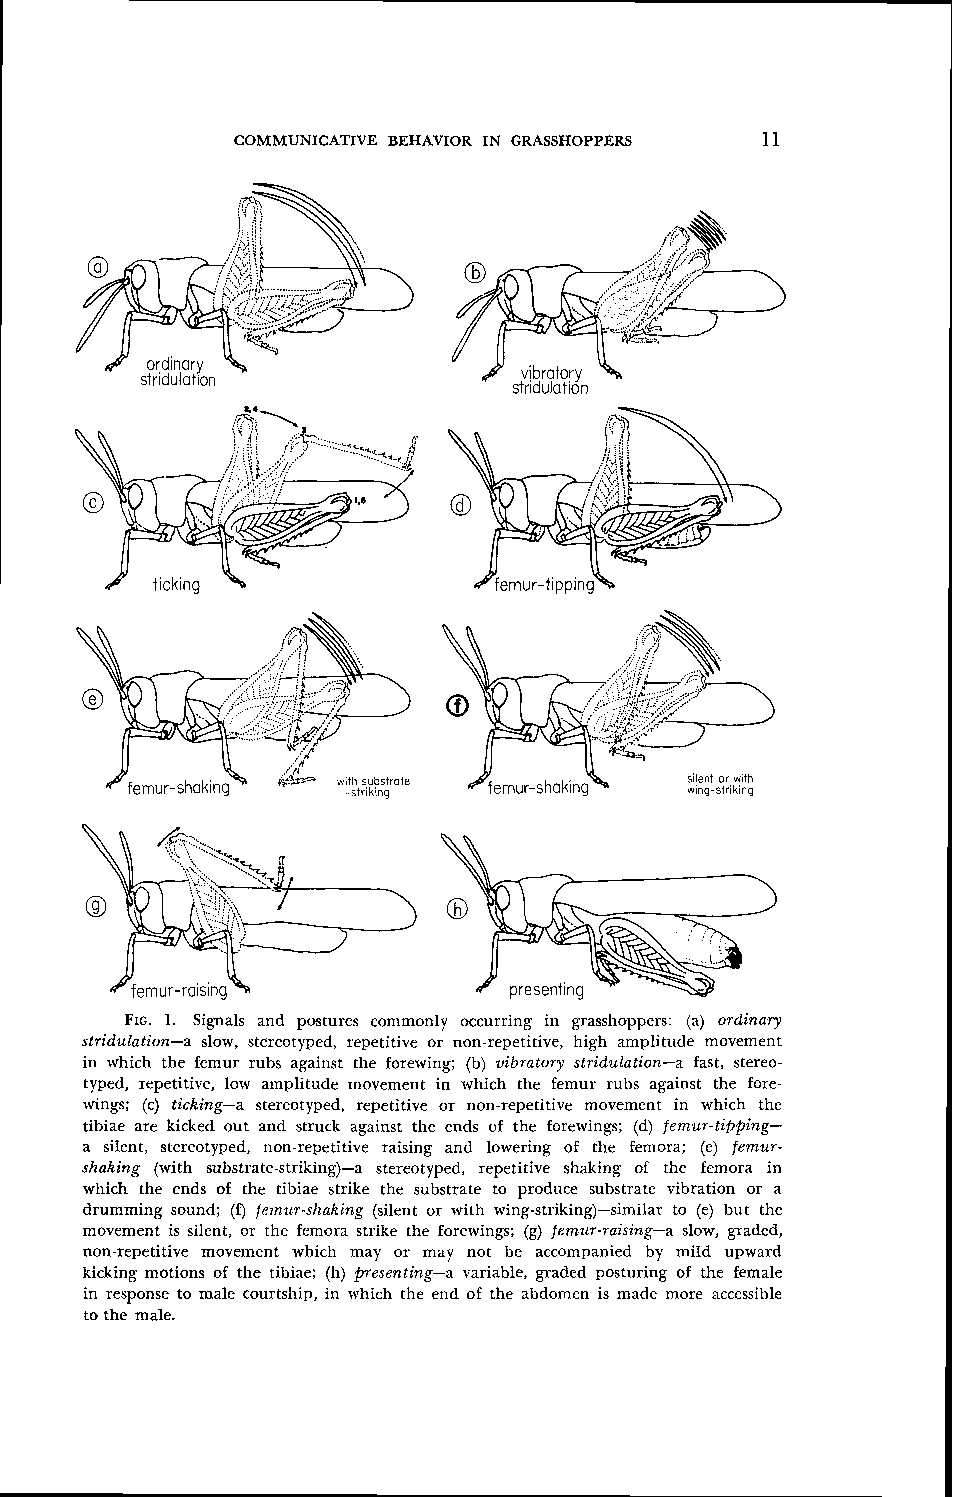
COMMUNICATIVE BEHAVIOR IN GRASSHOPPERS 11
 FIG. 1. Signals and postures commonly occurring in grasshoppers: (21) ordinary
 stridulation-a slow, stereotyped, repetitive or non-repetitive, high amplitude movement
 in which the femur rubs against the forewing; (b) vibratory stridulation-a fast, stereo-
 typed, repetitive, low amplitude movement in which the femur rubs against the fore-
 wings; (c) ticking-a stereotyped, repetitive or non-repetitivc movement in which the
 tibiae are kicked out and struck against the ends of the forewings; (d) femur-tipping-
 a silent, stereotyped, non-repetitive raising and lowering of the femora; (e) femur-
 shaking (with substrate-striking)-a stercotyped, repetitive shaking of the femora in
 which the ends of the tibiae strike the substrate to produce substrate vibration or a
 drumming sound; (f) femur-shaking (silent or with wing-striking)-similar to (e) but the
 movement is silent, or the femora strike the forewings; (g) femur-raising-a slow, graded,
 non-repetitive movement which may or may not be accompanied by mild upward
 kicking motions of the tibiae; (11) presenting-a variable, graded posturing of the female
 in response to male courtship, in which the end of the abdomen is made more accessible
 to the male.